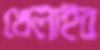
খেলাইব